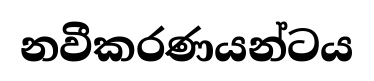
නවීකරණයන්ටය